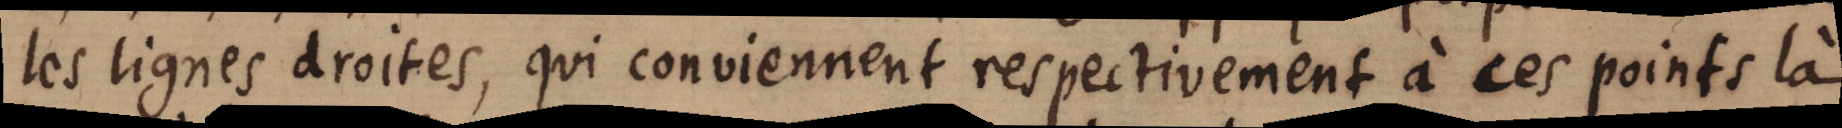
les lignes droites, qui conviennent respectivement à ces points là